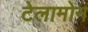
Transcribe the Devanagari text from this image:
टेलामोन